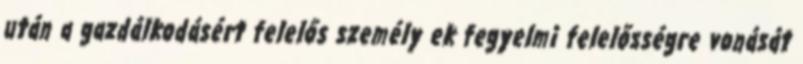
után a gazdálkodásért felelős személy ek fegyelmi felelősségre vonását